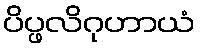
ပိပ္ဖလိဂုဟာယံ